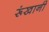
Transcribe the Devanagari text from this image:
रूंखानी